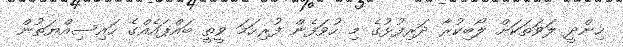
ހިންދީ ލަވަތަކަށް ލޯބިކުރާ ދަރިފުޅުގެ މި ހުވަފެން ފުރިހަމަ ވީތީ ބައްޕައެއްގެ ހައިސިއްޔަތުން